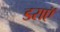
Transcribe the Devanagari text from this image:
डराएॅ